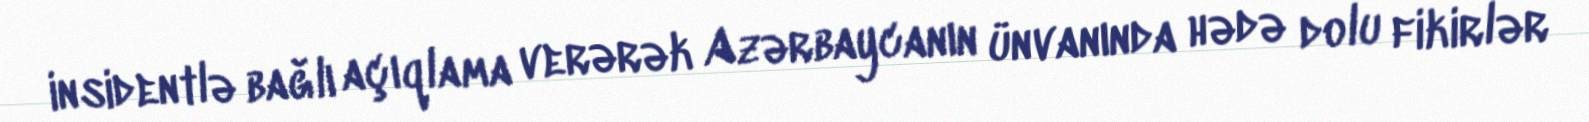
insidentlə bağlı açıqlama verərək Azərbaycanın ünvanında hədə dolu fikirlər